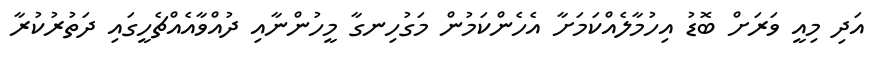
އަދި މިއީ ވަރަށް ބޮޑު އިހުމާލެއްކަމަށާ އެހެންކަމުން މަގުހިނގާ މީހުންނާއި ދުއްވާއެއްޗެހީގައި ދަތުރުކުރާ